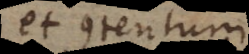
et contentum